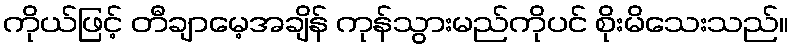
ကိုယ်ဖြင့် တီချာမေ့အချိန် ကုန်သွားမည်ကိုပင် စိုးမိသေးသည်။